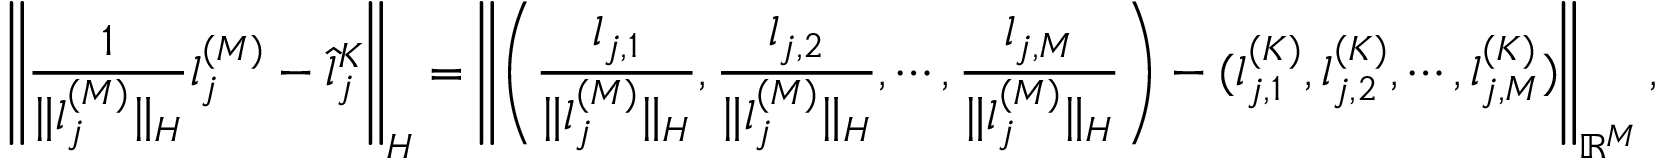
\left\| \frac { 1 } { \| l _ { j } ^ { ( M ) } \| _ { \cal { H } } } l _ { j } ^ { ( M ) } - \hat { l } _ { j } ^ { K } \right\| _ { \cal { H } } = \left\| \left( \frac { l _ { j , 1 } } { \| l _ { j } ^ { ( M ) } \| _ { \cal { H } } } , \frac { l _ { j , 2 } } { \| l _ { j } ^ { ( M ) } \| _ { \cal { H } } } , \cdots , \frac { l _ { j , M } } { \| l _ { j } ^ { ( M ) } \| _ { \cal { H } } } \right) - ( l _ { j , 1 } ^ { ( K ) } , l _ { j , 2 } ^ { ( K ) } , \cdots , l _ { j , M } ^ { ( K ) } ) \right\| _ { \mathbb { R } ^ { M } } ,